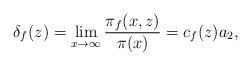
LaTeX: \begin{align*} \delta_f(z)=\lim_{x \to \infty} \frac{\pi_{f}(x,z)}{\pi(x)}=c_f(z)a_2,\end{align*}